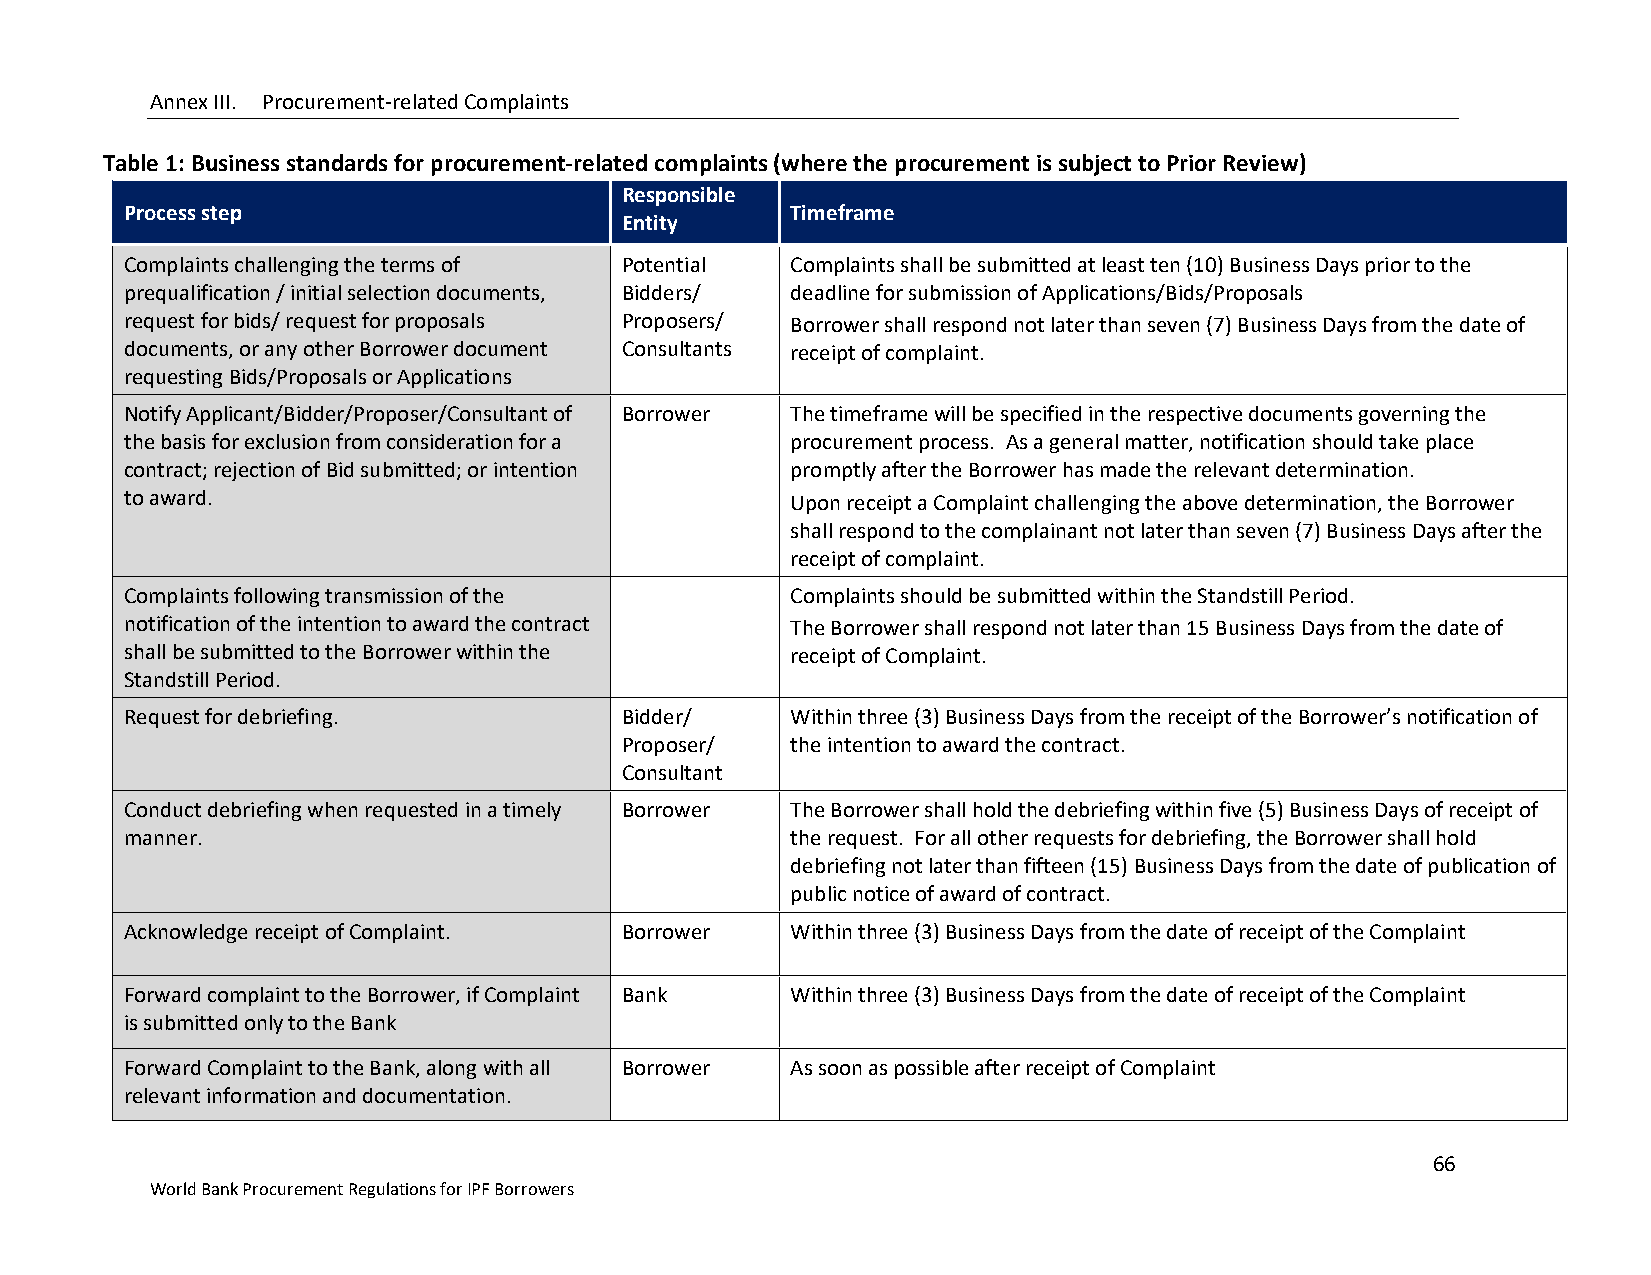
Annex III. Procurement-related Complaints
 Table 1: Business standards for procurement-related complaints (where the procurement is subject to Prior Review)
 Responsible
 Process step                                Timeframe
 Entity
 Complaints challenging the terms of Potential Complaints shall be submitted at least ten (10) Business Days prior to the
 prequalification / initial selection documents, Bidders/ deadline for submission of Applications/Bids/Proposals
 request for bids/ request for proposals Proposers/ Borrower shall respond not later than seven (7) Business Days from the date of
 documents, or any other Borrower document Consultants receipt of complaint.
 requesting Bids/Proposals or Applications
 Notify Applicant/Bidder/Proposer/Consultant of Borrower The timeframe will be specified in the respective documents governing the
 the basis for exclusion from consideration for a procurement process. As a general matter, notification should take place
 contract; rejection of Bid submitted; or intention promptly after the Borrower has made the relevant determination.
 to award.                                   Upon receipt a Complaint challenging the above determination, the Borrower
 shall respond to the complainant not later than seven (7) Business Days after the
 receipt of complaint.
 Complaints following transmission of the    Complaints should be submitted within the Standstill Period.
 notification of the intention to award the contract The Borrower shall respond not later than 15 Business Days from the date of
 shall be submitted to the Borrower within the receipt of Complaint.
 Standstill Period.
 Request for debriefing.          Bidder/    Within three (3) Business Days from the receipt of the Borrower’s notification of
 Proposer/  the intention to award the contract.
 Consultant
 Conduct debriefing when requested in a timely Borrower The Borrower shall hold the debriefing within five (5) Business Days of receipt of
 manner.                                     the request. For all other requests for debriefing, the Borrower shall hold
 debriefing not later than fifteen (15) Business Days from the date of publication of
 public notice of award of contract.
 Acknowledge receipt of Complaint. Borrower  Within three (3) Business Days from the date of receipt of the Complaint
 Forward complaint to the Borrower, if Complaint Bank Within three (3) Business Days from the date of receipt of the Complaint
 is submitted only to the Bank
 Forward Complaint to the Bank, along with all Borrower As soon as possible after receipt of Complaint
 relevant information and documentation.
 66
 World Bank Procurement Regulations for IPF Borrowers